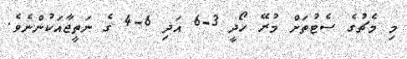
މި މެޗުގެ ސެޓުތަށް މުރޭ ހޯދީ 3-6 އަދި 6-4 ގެ ނަތީޖާއަކުންނެވެ.